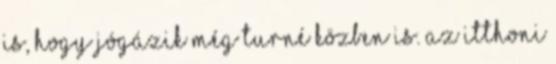
is, hogy jógázik még turné közben is. Az itthoni